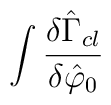
\int \frac{\delta \hat{\Gamma}_{cl}}{\delta \hat{\varphi}_0}